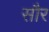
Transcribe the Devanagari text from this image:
साैर